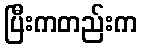
ပြီးကတည်းက